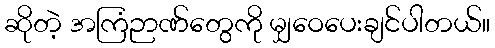
ဆိုတဲ့ အကြံဉာဏ်တွေကို မျှဝေပေးချင်ပါတယ်။